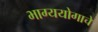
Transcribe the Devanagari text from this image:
भाग्ययोगाचे